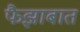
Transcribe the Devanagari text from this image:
फैझाबात